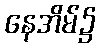
နေအိမ်၌